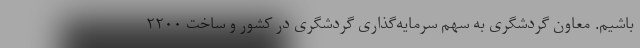
باشیم. معاون گردشگری به سهم سرمایه‌گذاری گردشگری در کشور و ساخت ۲۲۰۰